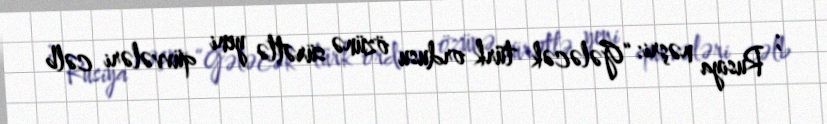
; Rusiya nəşri: “Gələcək türk ordusu özünə sürətlə yeni qüvvələri cəlb